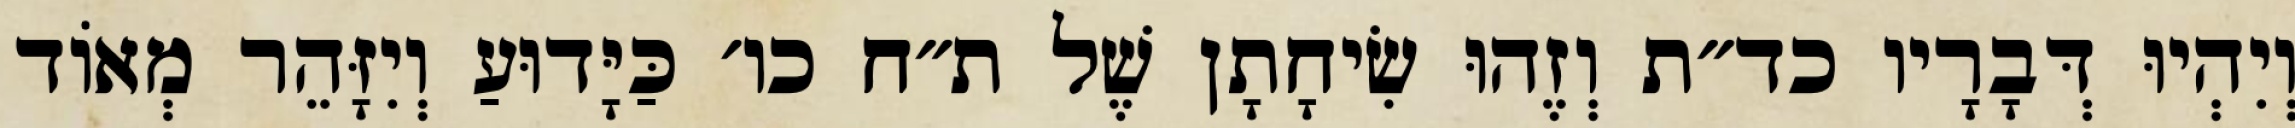
וְיִהְיוּ דְּבָרָיו כד״ת וְזֶהוּ שִׂיחָתָן שֶׁל ת״ח כו׳ כַּיָּדוּעַ וְיִזָּהֵר מְאוֹד